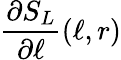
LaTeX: \frac{\partial S_{L}}{\partial\ell}(\ell,r)